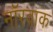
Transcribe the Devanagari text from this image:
नॉरवाक